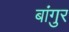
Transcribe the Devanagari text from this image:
बांगुर